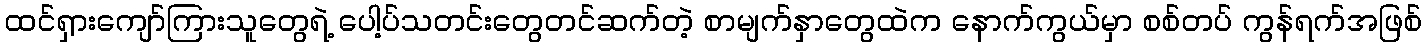
ထင်ရှားကျော်ကြားသူတွေရဲ့ ပေါ့ပ်သတင်းတွေတင်ဆက်တဲ့ စာမျက်နှာတွေထဲက နောက်ကွယ်မှာ စစ်တပ် ကွန်ရက်အဖြစ်